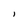
Character: l